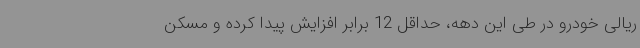
ریالی خودرو در طی این دهه، حداقل 12 برابر افزایش پیدا کرده و مسکن